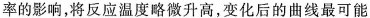
率的影响，将反应温度略微升高，变化后的曲线最可能